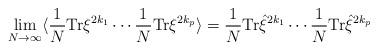
LaTeX: \begin{align*}\lim_{N \rightarrow \infty} \langle\frac{1}{N}{\rm Tr}\xi^{2k_{1}}\cdots\frac{1}{N} {\rm Tr}\xi^{2k_{p}}\rangle=\frac{1}{N}{\rm Tr}{\hat \xi}^{2k_{1}}\cdots \frac{1}{N}{\rm Tr}{\hat\xi}^{2k_{p}}\end{align*}